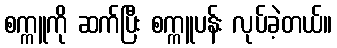
စက္ကူကို ဆက်ပြီး စက္ကူပန်း လုပ်ခဲ့တယ်။